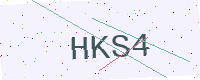
Text: HKS4